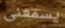
يسمعنى